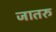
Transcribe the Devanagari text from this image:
जातरु